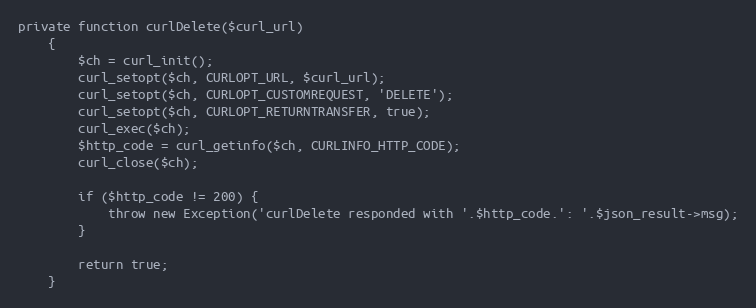
Language: PHP
private function curlDelete($curl_url)
    {
        $ch = curl_init();
        curl_setopt($ch, CURLOPT_URL, $curl_url);
        curl_setopt($ch, CURLOPT_CUSTOMREQUEST, 'DELETE');
        curl_setopt($ch, CURLOPT_RETURNTRANSFER, true);
        curl_exec($ch);
        $http_code = curl_getinfo($ch, CURLINFO_HTTP_CODE);
        curl_close($ch);

        if ($http_code != 200) {
            throw new Exception('curlDelete responded with '.$http_code.': '.$json_result->msg);
        }

        return true;
    }